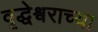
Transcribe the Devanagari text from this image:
वृद्धेश्वराच्या